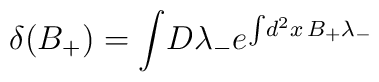
\delta(B_{+}) =\int \! D \lambda_{-}  e^{\int \! d^2 x\, B_{+} \lambda_{-}}